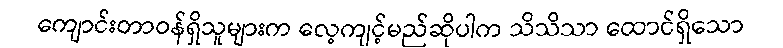
ကျောင်းတာဝန်ရှိသူများက လေ့ကျင့်မည်ဆိုပါက သိသိသာ ထောင်ရှိသော